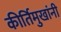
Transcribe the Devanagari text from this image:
कीर्तिमुखांनी